Scottish Education Department, 1921
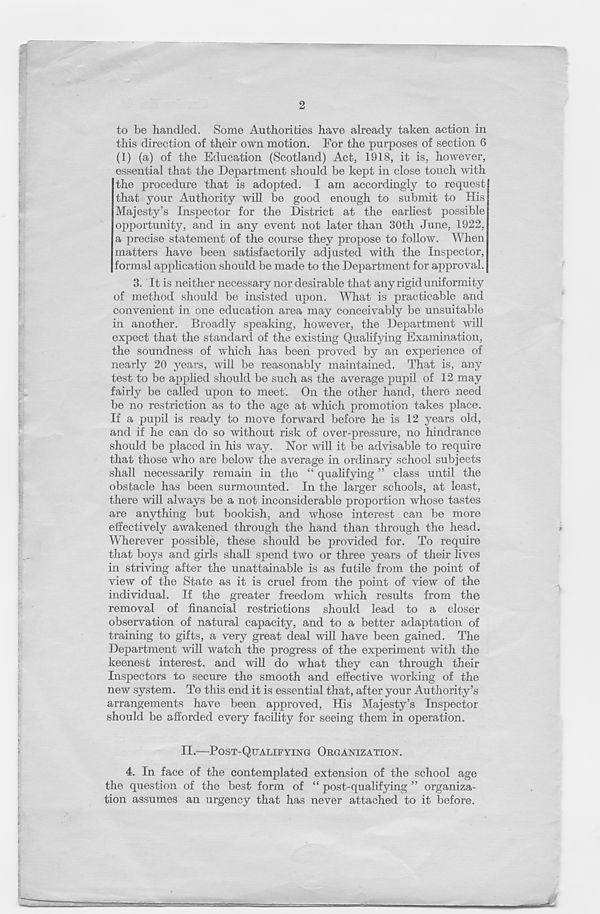
2
to be handled. Some Authorities have already taken action in
this direction of their own motion. For the purposes of section 6
(1) (a) of the Education (Scotland) Act, 1918, it is, however,
essential that the Department should be kept in close touch with
the procedure that is adopted. I am accordingly to request
that your Authority will be good enough to submit to His
Majesty’s Inspector for the District at the earhest possible
opportunity, and in any event not later than 30th June, 1922,
a precise statement of the course they propose to follow. When
matters have been satisfactorily adjusted with the Inspector,
formal application should be made to the Department for approval.
3. It is neither necessary nor desirable that any rigid uniformity
of method should be insisted upon. What is practicable and
convenient in one education area may conceivably be unsuitable
in another. Broadly speaking, however, the Department will
expect that the standard of the existing Qualifying Examination,
the soundness of which has been proved by an experience of
nearly 20 years, will be reasonably maintained. That is, any
test to be applied should be such as the average pupil of 12 may
fairly be called upon to meet. On the other hand, there need
be no restriction as to the age at which promotion takes place.
If a pupil is ready to move forward before he is 12 years old,
and if he can do so without risk of over-pressure, no hindrance
should be placed in his way. Nor will it be advisable to require
that those who are below the average in ordinary school subjects
shall necessarily remain in the “ qualifying ” class until the
obstacle has been surmounted. In the larger schools, at least,
there will always be a not inconsiderable proportion whose tastes
are anything but bookish, and whose interest can be more
effectively awakened through the hand than through the head.
Wherever possible, these should be provided for. To require
that boys a,nd girls shall spend two or three years of their lives
in striving after the unattainable is as futile from the point of
view of the State as it is cruel from the point of view of the
individual. If the greater freedom which results from the
removal of financial restrictions should lead to a closer
observation of natural capacity, and to a better adaptation of
training to gifts, a very great deal will have been gained. The
Department will watch the progress of the experiment with the
keenest interest, and will do what they can through their
Inspectors to secure the smooth and effective working of the
new system. To this end it is essential that, after your Authority’s
arrangements have been approved, His Majesty’s Inspector
should be afforded every facility for seeing them in operation.
II.—POST-QUALIFYING ORGANIZATION.
4. In face of the contemplated extension of the school age
the question of the best form of “ post-qualifying ” organiza-
tion assumes an urgency that has never attached to it before.